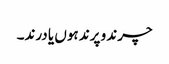
چرند و پرند ہوں یا درند۔